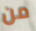
من